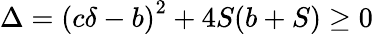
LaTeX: \Delta=\left(c\delta-b\right)^{2}+4S(b+S)\geq 0